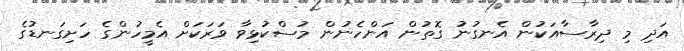
އަދި މި ދިރާސާއަކުން އެނގުނު ގޮތުން އަންހެނުން މުސްކުޅިވާ ވަރަކަށް އެމީހުންގެ ހަށިގަނޑުގެ